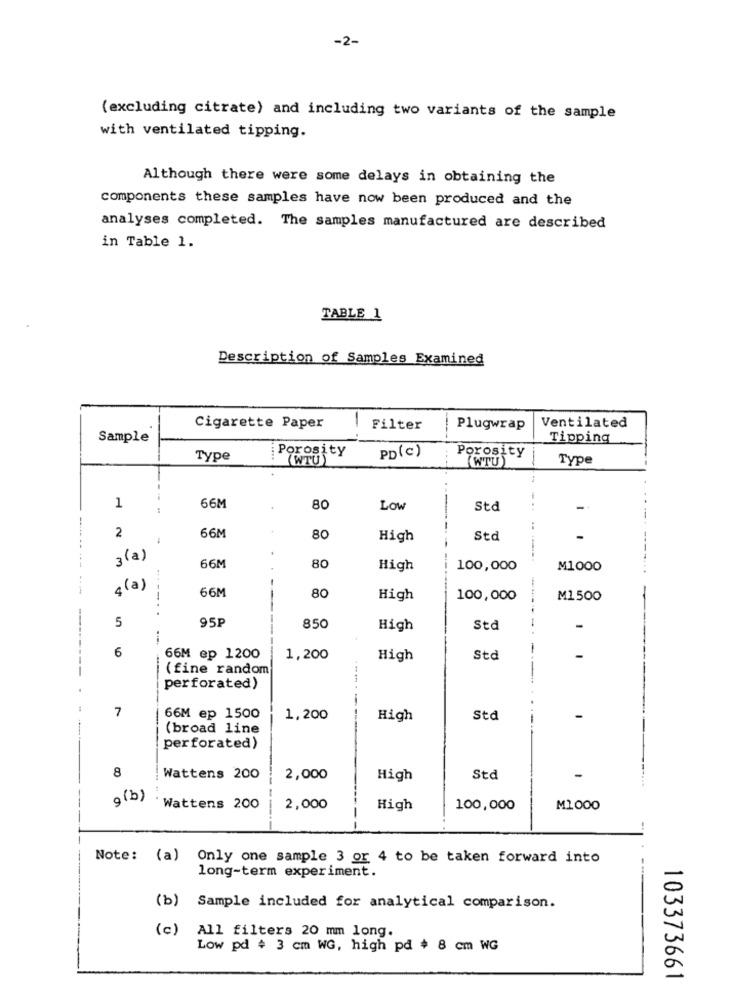
-2-
(excluding citrate) and including two variants of the sample
with ventilated tipping.
Although there were some delays in obtaining the
components these samples have now been produced and the
analyses completed. The samples manufactured are described
in Table 1.
TABLE 1
Description of Samples Examined
1
Ventilated
Cigarette Paper
Filter
Plugwrap
Sample
Tipping
Porosity
Type
WTU
PD(c)
Porosity
(WTU)
Type
1
66M
80
LOW
Std
...
2
66M
80
High
Std
3(a)
66M
80
High
100,000
M1000
s (a)
66M
--
80
High
100,000
M1500
5
95P
850
High
Std
6
66M ep 1200
1,200
High
Std
(fine random
perforated)
7
66M ep 1500
1,200
High
Std
(broad line
perforated)
8
Wattens 200
2,000
High
Std
9(b)
Wattens 200
2,000
High
100,000
M1000
---.
Note: (a) Only one sample 3 or 4 to be taken forward into
long-term experiment.
(b) Sample included for analytical comparison.
(c) All filters 20 mm long.
Low pd # 3 cm WG, high pd $ 8 cm WG
103373661